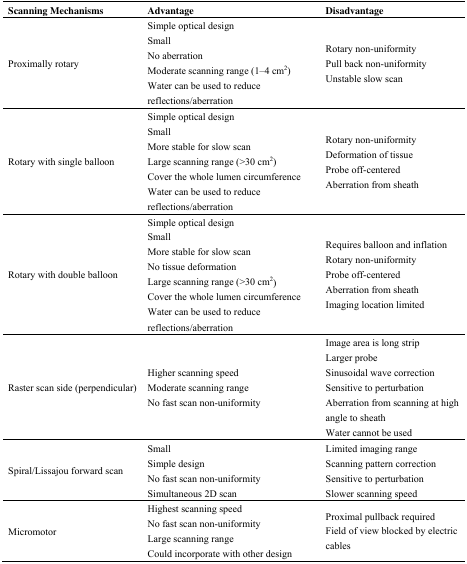
<table><thead><tr><td><b>Scanning Mechanisms</b></td><td><b>Advantage</b></td><td><b>Disadvantage</b></td></tr></thead><tbody><tr><td>Proximally rotary</td><td>Simple optical design Small No aberration Moderate scanning range (1–4 cm<sup>2</sup>) Water can be used to reduce reflections/aberration</td><td>Rotary non-uniformity Pull back non-uniformity Unstable slow scan</td></tr><tr><td>Rotary with single balloon</td><td>Simple optical design Small More stable for slow scan Large scanning range (&gt;30 cm<sup>2</sup>) Cover the whole lumen circumference Water can be used to reduce reflections/aberration</td><td>Rotary non-uniformity Deformation of tissue Probe off-centered Aberration from sheath</td></tr><tr><td>Rotary with double balloon</td><td>Simple optical design Small More stable for slow scan No tissue deformation Large scanning range (&gt;30 cm<sup>2</sup>) Cover the whole lumen circumference Water can be used to reduce reflections/aberration</td><td>Requires balloon and inflation Rotary non-uniformity Probe off-centered Aberration from sheath Imaging location limited</td></tr><tr><td>Raster scan side (perpendicular)</td><td>Higher scanning speed Moderate scanning range No fast scan non-uniformity</td><td>Image area is long strip Larger probe Sinusoidal wave correction Sensitive to perturbation Aberration from scanning at high angle to sheath Water cannot be used</td></tr><tr><td>Spiral/Lissajou forward scan</td><td>Small Simple design No fast scan non-uniformity Simultaneous 2D scan</td><td>Limited imaging range Scanning pattern correction Sensitive to perturbation Slower scanning speed</td></tr><tr><td>Micromotor</td><td>Highest scanning speed No fast scan non-uniformity Large scanning range Could incorporate with other design</td><td>Proximal pullback required Field of view blocked by electric cables</td></tr></tbody></table>